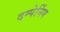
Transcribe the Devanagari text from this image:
दम्पेनिंग